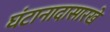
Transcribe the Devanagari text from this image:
घंटानादासारखे